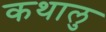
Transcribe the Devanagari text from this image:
कथालु